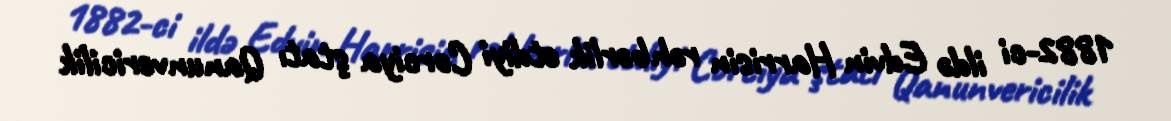
1882-ci ildə Edvin Harrisin rəhbərlik etdiyi Corciya ştatı Qanunvericilik